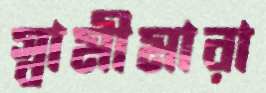
স্বামীমারা